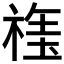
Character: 𱵞